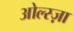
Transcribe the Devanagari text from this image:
ओल्स्ज़ा